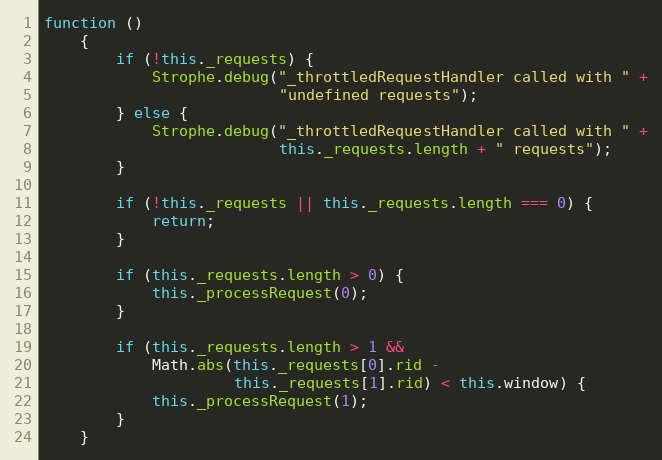
Language: JavaScript
function ()
    {
        if (!this._requests) {
            Strophe.debug("_throttledRequestHandler called with " +
                          "undefined requests");
        } else {
            Strophe.debug("_throttledRequestHandler called with " +
                          this._requests.length + " requests");
        }

        if (!this._requests || this._requests.length === 0) {
            return;
        }

        if (this._requests.length > 0) {
            this._processRequest(0);
        }

        if (this._requests.length > 1 &&
            Math.abs(this._requests[0].rid -
                     this._requests[1].rid) < this.window) {
            this._processRequest(1);
        }
    }